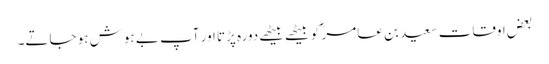
بعض اوقات سعید بن عامر ؓ کو بیٹھے بیٹھے دورہ پڑتا اور آپ بے ہوش ہو جاتے۔